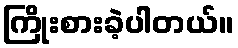
ကြိုးစားခဲ့ပါတယ်။